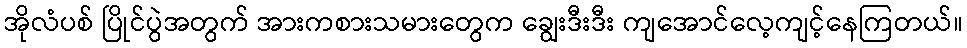
အိုလံပစ် ပြိုင်ပွဲအတွက် အားကစားသမားတွေက ချွေးဒီးဒီး ကျအောင်လေ့ကျင့်နေကြတယ်။